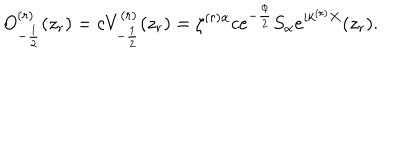
O _ { - \frac { 1 } { 2 } } ^ { ( r ) } ( z _ { r } ) = c V _ { - \frac { 1 } { 2 } } ^ { ( r ) } ( z _ { r } ) = \zeta ^ { ( r ) \alpha } c e ^ { - \frac { \phi } { 2 } } S _ { \alpha } e ^ { i k ^ { ( r ) } X } ( z _ { r } ) .